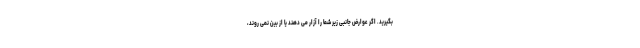
بگیرید. اگر عوارض جانبی زیر شما را آزار می دهند یا از بین نمی روند،